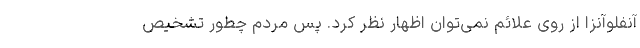
آنفلوآنزا از روی علائم نمی‌توان اظهار نظر کرد. پس مردم چطور تشخیص